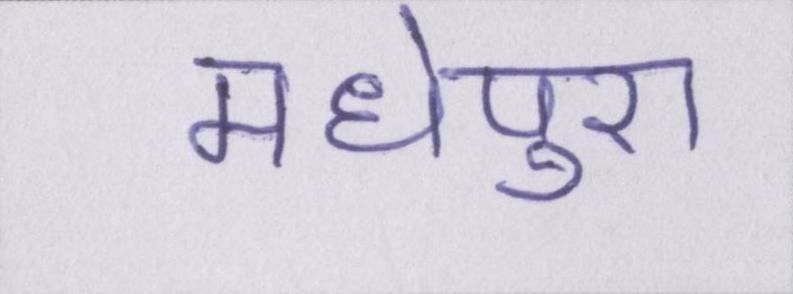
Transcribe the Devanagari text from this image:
मधेपुरा